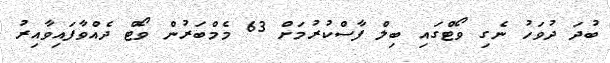
ބުދަ ދުވަހު ނެގި ވޯޓްގައި ބިލް ފާސްކުރުމަށް 63 މެމްބަރުން ވޯޓް ދެއްވާފައިވާއިރު